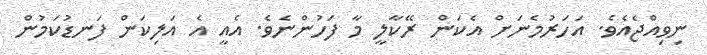
ނިވިއްޖެއެވެ. އަހަރުމެނަށް އެކަން ރޭކާލީ މާ ފަހުންނެވެ. އެއީ އެ އަލިކަން ފަނޑުކަމުން